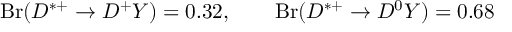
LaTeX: \mathrm { B r } ( D ^ { * + } \to D ^ { + } Y ) = 0 . 3 2 , \qquad \mathrm { B r } ( D ^ { * + } \to D ^ { 0 } Y ) = 0 . 6 8